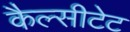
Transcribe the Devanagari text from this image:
कैल्सीटेट